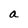
Character: a